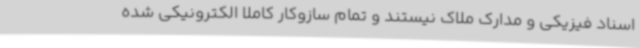
اسناد فیزیکی و مدارک ملاک نیستند و تمام سازوکار کاملا الکترونیکی شده